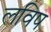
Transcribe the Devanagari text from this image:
लविष